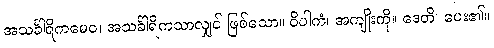
အသင်္ခါရိကမေဝ၊ အသင်္ခါရိကသာလျှင် ဖြစ်သော။ ဝိပါကံ၊ အကျိုးကို။ ဒေတိ၊ ပေး၏။